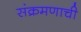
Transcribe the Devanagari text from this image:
संक्रमणाची